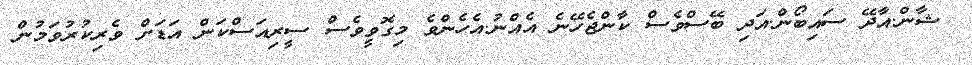
ޝާން.އާދޭ ސައިބޯން.އަދި ބޭސްވެސް ކާންޖެހޭނެ އެއްނު.އެހެންވެ މިގޮވީވެސް ސީރިއަސްކަން އަޑަށް ވެރިކުރުވަމުން